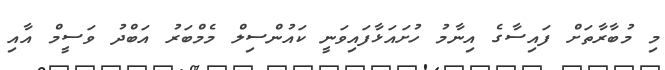
މި މުބާރާތަށް ފައިސާގެ އިނާމު ހުށައަޅާފައިވަނީ ކައުންސިލް މެމްބަރު އަބްދު ވަސީމް އާއި